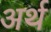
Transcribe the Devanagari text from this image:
अर्थ